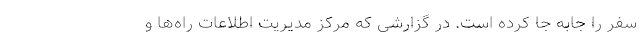
سفر را جابه جا کرده است. در گزارشی که مرکز مدیریت اطلاعات راه‌ها و